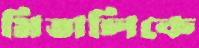
মিতালিকে